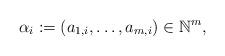
LaTeX: \begin{align*}\alpha_i := (a_{1,i}, \dotsc, a_{m, i})\in \mathbb N^m, \end{align*}